Indian journal of veterinary science and animal husbandry - Volume 2,
Year: 1932
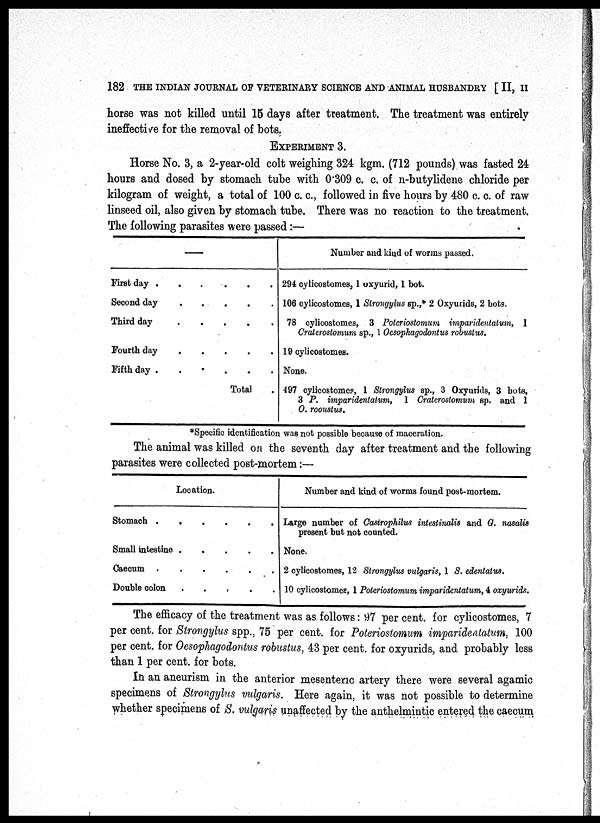
182 THE INDIAN JOURNAL OF VETERINARY SCIENCE AND ANIMAL HUSBANDRY [ II, II
horse was not killed until 15 days after treatment. The treatment was entirely
ineffective for the removal of bots.
EXPERIMENT 3.
Horse No. 3, a 2-year-old colt weighing 324 kgm. (712 pounds) was fasted 24
hours and dosed by stomach tube with 0.309 c. c. of n-butylidene chloride per
kilogram of weight, a total of 100 c. c., followed in five hours by 480 c. c. of raw
linseed oil, also given by stomach tube. There was no reaction to the treatment.
The following parasites were passed:—
—
First day . . . . . .
Second day. . . . . .
Third day. . . . . .
Fourth, day. . . . . .
Fifth day . . . . . .
Total .
Number and kind of worms passed.
294 cylicostomes, 1 oxyurid, 1 bot.
106 cylicostomes, 1 Strongylus sp.,* 2 Oxyurids, 2 bots.
78 cylicostomes, 3 Poteriostomum imparidentatum, 1
Crateroslomum sp., 1 Oesophagodontus robustus.
19 cylicostomes.
None.
497 cylicostomes, 1 Strongylus sp., 3 Oxyurids, 3 bots,
3 P. imparidentatum, 1 Crateroslomum sp. and 1
O. rooustus.
*Specific identification was not possible because of maceration.
The animal was killed on the seventh day after treatment and the following
parasites were collected post-mortem:—
Location.
Stomach
.
.
.
.
.
.
Small intestine. . . . .
Caecum
.
.
.
.
.
.
Double colon . . . . . .
Number and kind of worms found post-mortem.
Large number of Castrophlus intestinalis and G. nasalis
present but not counted.
None.
2 cylicostomes, 12 Strongylus vulgaris, 1 S. edentatus.
10 cylicostomes, 1 Poterioslomum imparidentatum, 4 oxyurids.
The efficacy of the treatment was as. follows: 97 per cent. for cylicostomes, 7
per cent. for Strongylus spp., 75 per cent. for Poterioslomum imparidentatum, 100
per cent. for Oesophagodontus robustus, 43 per cent. for oxyurids, and probably less
than 1 per cent. for bots.
In an aneurism in the anterior mesenteric artery there were several agamic
specimens of Strongylus vulgaris. Here again, it was not possible to determine
whether specimens of S. vulgaris unaffected by the anthelmintic entered the caecum